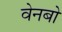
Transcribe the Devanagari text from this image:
वेनबो